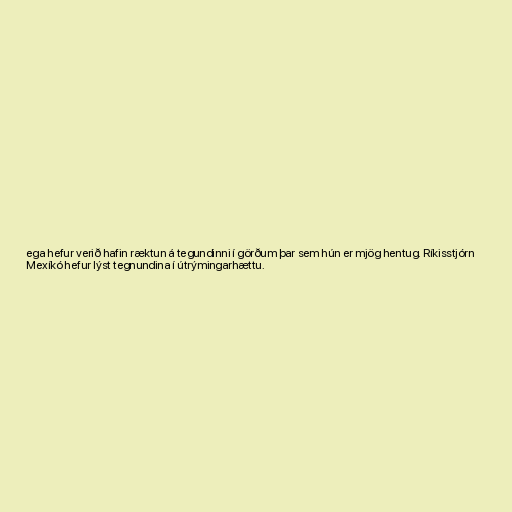
ega hefur verið hafin ræktun á tegundinni í görðum þar sem hún er mjög hentug. Ríkisstjórn
Mexíkó hefur lýst tegnundina í útrýmingarhættu.